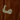
ما